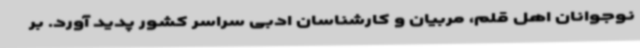
نوجوانان اهل قلم، مربیان و کارشناسان ادبی سراسر کشور پدید آورد. بر